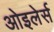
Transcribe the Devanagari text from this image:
ओइलेर्स